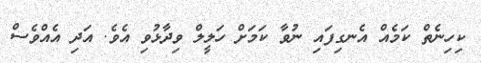
ކިހިނެތް ކަމެއް އެނގިފައި ނުވާ ކަމަށް ހަލީލް ވިދާޅުވި އެވެ. އަދި އެއްވެސް